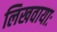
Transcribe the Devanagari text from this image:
लिखवायाः